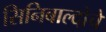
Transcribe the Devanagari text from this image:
सिनिबाल्दोचे